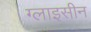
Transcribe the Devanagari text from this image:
ग्लाइसीन